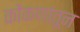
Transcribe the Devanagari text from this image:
कोंकणांतून